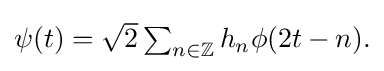
{\textstyle \psi (t)={\sqrt {2}}\sum _{n\in \mathbb {Z} }h_{n}\phi (2t-n).}